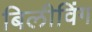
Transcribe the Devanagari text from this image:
बिलीविंग